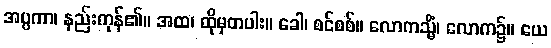
အပ္ပကာ၊ နည်းကုန်၏။ အထ၊ ထိုမှတပါး။ ခေါ၊ စင်စစ်။ လောကသ္မိံ၊ လောက၌။ ယေ